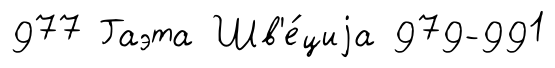
977 Гаэта Шв'е́циjа 979-991